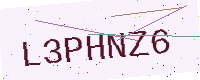
Text: L3PHNZ6